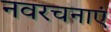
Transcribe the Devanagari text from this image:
नवरचनाएं